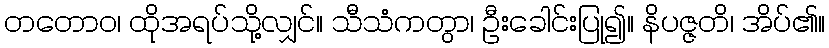
တတောဝ၊ ထိုအရပ်သို့လျှင်။ သီသံကတွာ၊ ဦးခေါင်းပြု၍။ နိပဇ္ဇတိ၊ အိပ်၏။